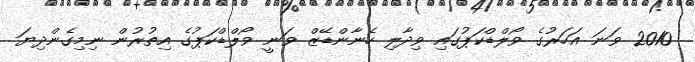
2010 ވަނަ އަހަރުގެ ވޯލްޑްކަޕުގައި ވިދާލި ހެނާންޑޭޒް ވަނީ ވޯލްޑްކަޕުގެ އިތުރުން ނިމިގެންދިޔަ